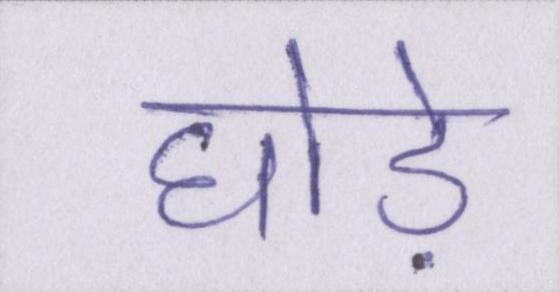
घोड़े